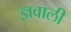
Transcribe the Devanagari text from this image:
ज्ञवाली